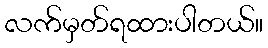
လက်မှတ်ရထားပါတယ်။